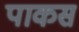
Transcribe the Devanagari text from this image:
पाकस